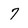
Character: 7